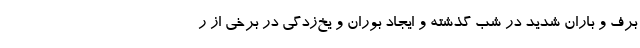
برف و باران شدید در شب گذشته و ایجاد بوران و یخ‌زدگی در برخی از ر